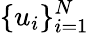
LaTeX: \{ u_{i}\} _{i=1}^{N}